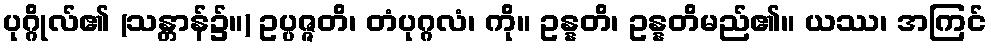
ပုဂ္ဂိုလ်၏ (သန္တာန်၌။) ဥပ္ပဇ္ဇတိ၊ တံပုဂ္ဂလံ၊ ကို။ ဥန္နတိ၊ ဥန္နတိမည်၏။ ယဿ၊ အကြင်